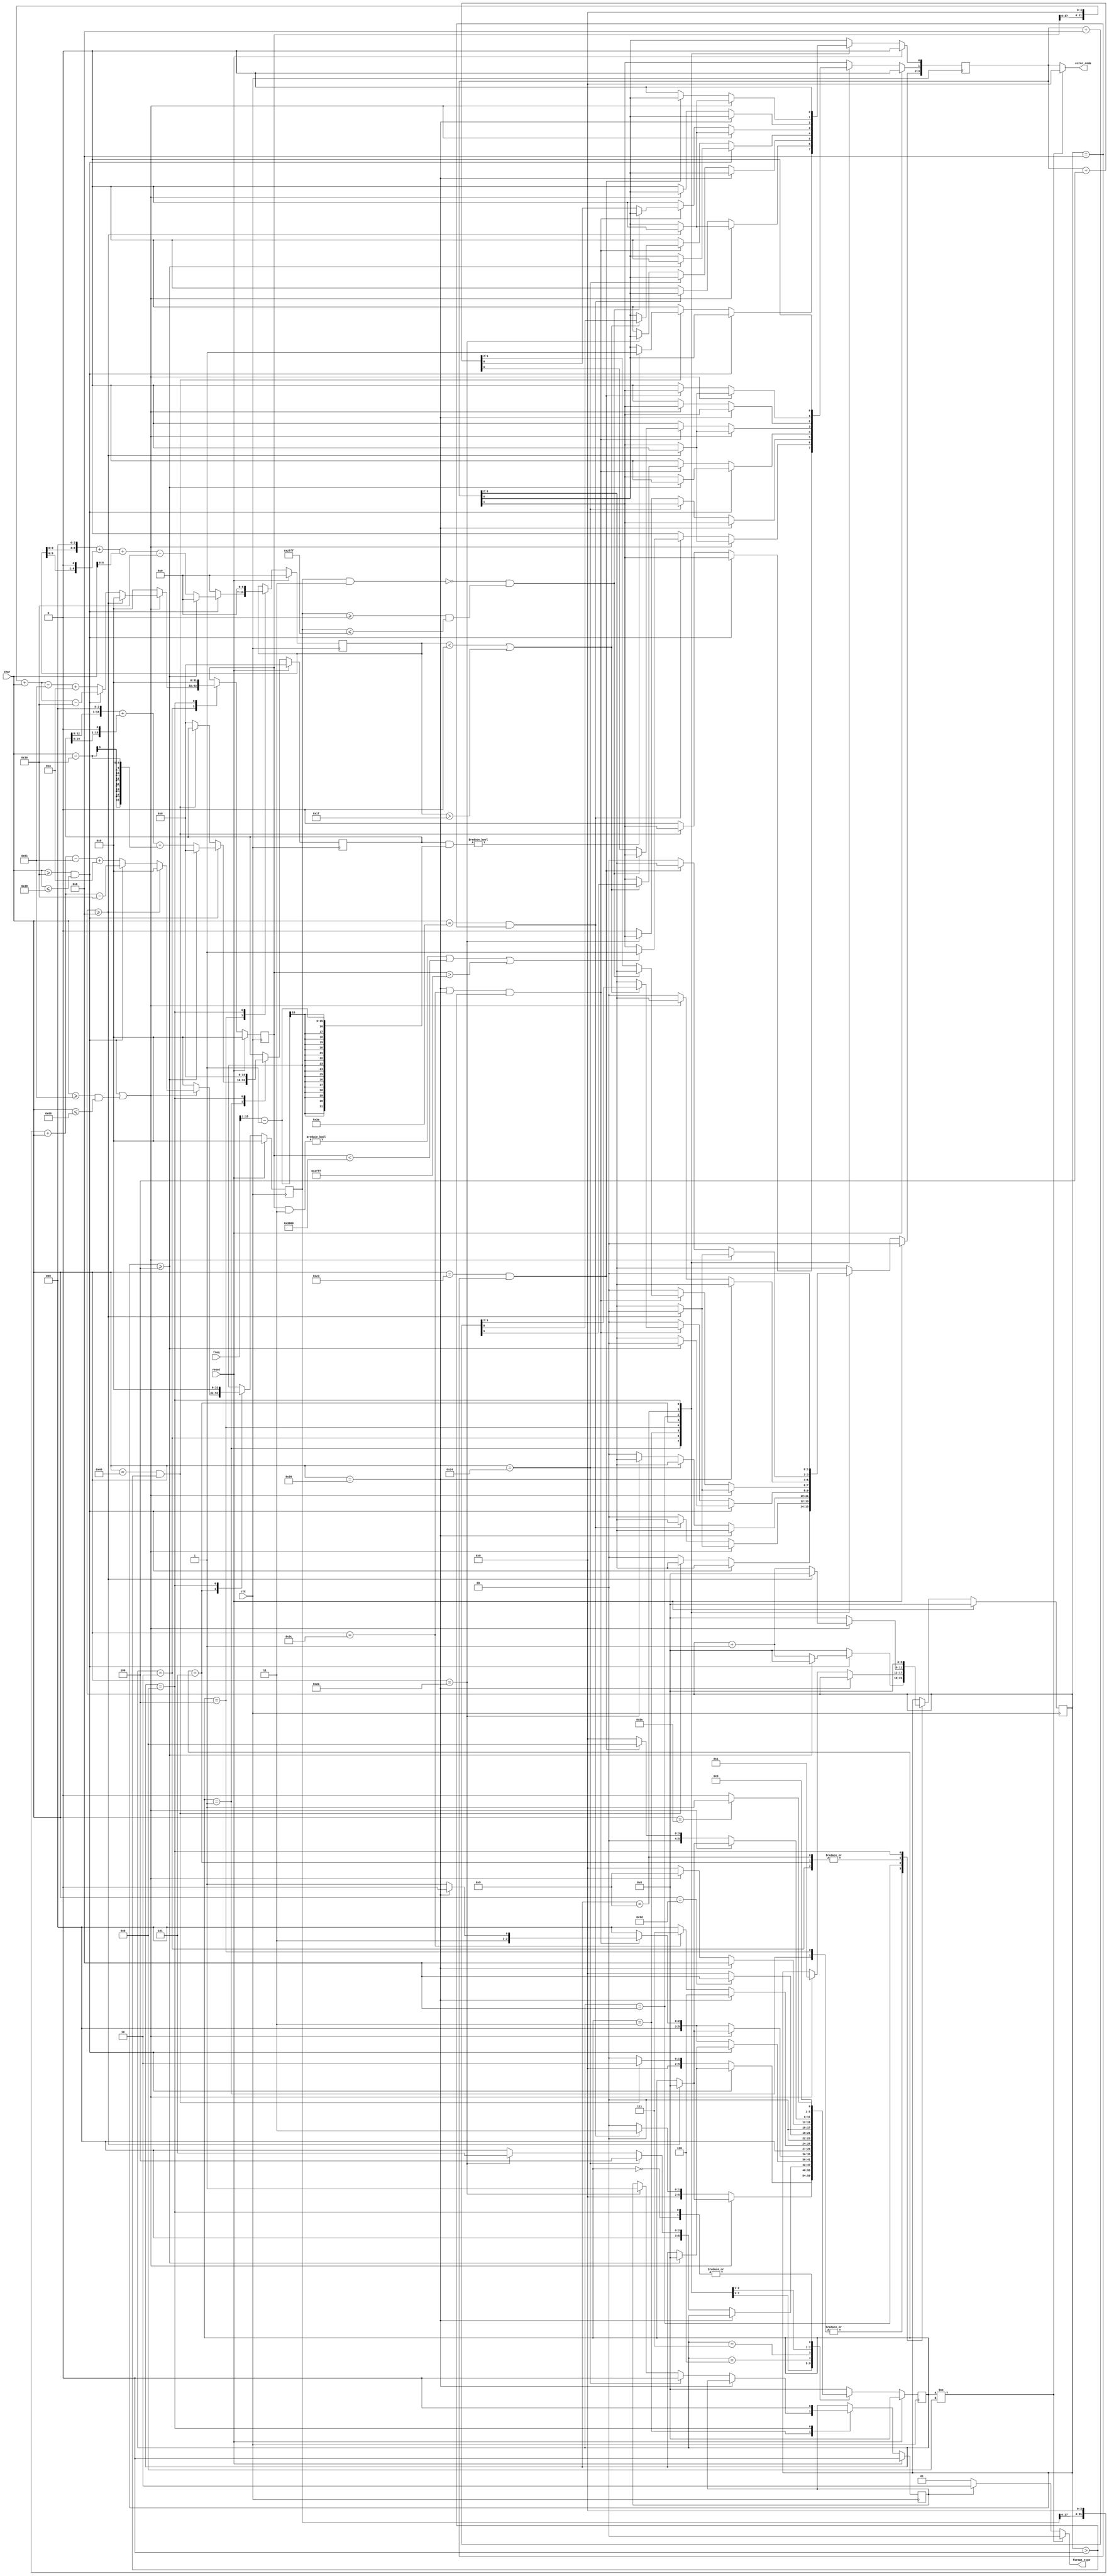
`timescale 1ns / 1ps
//////////////////////////////////////////////////////////////////////////////////
// Company: 
// Engineer: 
// 
// Design Name: 
// Module Name:    cpu_checker 
// Project Name: 
// Target Devices: 
// Tool versions: 
// Description: 
//
// Dependencies: 
//
// Revision: 
// Revision 0.01 - File Created
// Additional Comments: 
//
//////////////////////////////////////////////////////////////////////////////////
`define S0 		0
`define S_time	1		// collet char to create time
`define S_pc	2
`define S_type	3
`define S_grf	4
`define S_addr	5
`define S_sp	6		// space 			got " ", waiting for " < "
`define S_ab	7		// angle bracket, got "<", waiting for " = "
`define S_eq	8
`define S_data	9
`define S_hash	10
`define S_done	11

module cpu_checker(
    input clk,
    input reset,
    input [7:0] char,
    input [15:0] freq,
    output [1:0] format_type,
    output [3:0] error_code
    );

reg [5:0]	state;
reg [5:0]	cnt;			// how many digits??
reg [3:0] 	err;
reg [0:0]	type;		// grf or addr
reg [15:0]	t;			// time
reg [31:0]	pc;
reg [6:0]	grf;
reg [31:0]	addr;
reg [31:0]	data;
reg [15:0]	half;
initial begin
	state = 0;
	cnt = 0;
	err = 0;
	t = 0;
	type = 0;
	pc = 0;
	grf = 0;
	addr = 0;
	data = 0;
end


always @(posedge clk) begin
	if(reset == 1) begin
		state = 0;
		cnt = 0;
		err = 0;
		t = 0;
		type = 0;
		pc = 0;
		grf = 0;
		addr = 0;
		data = 0;
	end
	else begin
		case(state)
		`S0: begin
				if(char == "^")
					state <= `S_time;
				else
					state <= 0;
		end
		`S_time: begin
				if(char <= "9" && char >= "0") begin		// 
					cnt <= cnt +1;
					t <= (t << 3)+ (t << 1) + (char - "0");
					if(cnt >= 4) begin		// ""
						state <= 0;
						cnt <= 0;
						t <= 0;
					end
				end
				else if(char == "@" && cnt > 0) begin		// 
					state <= `S_pc;
					cnt <= 0;
					if((t & ((freq >> 1) - 1)) != 0)	// 
						err[0] <= 1; 
				end
				else begin		//  
					state <= 0;
					cnt <=0;
					err <= 0;
					t <= 0;
				end
		end
		`S_pc: begin
					if((char>="0" && char <="9") || (char >= "a" && char <= "f")) begin	// 16
						cnt <= cnt +1;
						if((char>="0") && (char <="9"))
							pc <= (pc<<4)+ char-"0";
						else
							pc <= (pc << 4) + char - "a" +10;
						if(cnt >= 8) begin
							state <= 0;
							cnt <= 0;
							pc <= 0;
							err <= 0;
						end
					end
					else if(char == ":" && cnt == 8) begin // 
						state <= `S_type;
						cnt <= 0;
						if(((pc & 3 )!= 0) || pc < 32'h00003000 || pc > 32'h00004fff)	//pc 
							err[1] <= 1;
						pc <= 0;
					end
					else begin	//0
						state <= 0;
						cnt <= 0;
						err <= 0;
						pc <= 0;
					end
		end
		`S_type: begin
						if(char == " ")//
							state <= state;
						else if(char == "$") begin	// grf "$"
							state <= `S_grf;
							type <=0;
						end
						else if(char == 8'd42) begin	// addr "star"
							state <= `S_addr;
							type <= 1;
						end
						else begin					// 
							state <= 0;
							err <=0;
						end
		end
		`S_grf: begin	//  $reg 14
						if(char >= "0" && char <="9") begin
							grf <= (grf << 3) + (grf << 1) + char - "0";
							cnt <= cnt +1;
							if(cnt >= 4) begin	// grf 
								state <= 0;
								grf <= 0;
								cnt <= 0;
								err <= 0;
							end
						end
						else if(((char == " ") || (char == "<")) && (cnt > 0)) begin	//
							if((grf < 0) || (grf > 31))	// grf 
								err <= err + 8;
							cnt <= 0;
							grf <= 0;
							if(char ==" ")
								state <= `S_sp;
							else
								state <= `S_ab;
						end
						else begin	// 
							state <= 0;
							cnt <= 0;
							grf <= 0;
							err <= 0;
						end
		end
		`S_addr: begin
						if((char>="0" && char <="9") || (char >= "a" && char <= "f")) begin	//
							cnt <= cnt + 1;
							if((char>="0") && (char <="9"))
								addr <= (addr << 4) + char - "0";
							else
								addr <= (addr << 4) + char - "a"+ 10;
							if(cnt >= 8) begin // addr
								cnt <= 0;
								state <= 0;
								err <= 0;
								addr <= 0;
							end
						end
						else if(((char == " ") || (char == "<")) && cnt >0) begin
							if(!(((addr & 3) == 0) && (addr >= 0 && addr<= 32'h00002fff)))
								err <=err + 4;  
							cnt <=0;
							addr <= 0;
							if(char == " ")
								state <= `S_sp;
							else
								state <= `S_ab;
						end
						else begin	// 
							state <= 0;
							cnt <= 0;
							addr <= 0;
							err <= 0;
						end
		end
		`S_sp: begin
					if(char == " ")
						state <= `S_sp;
					else if(char == "<")
						state <= `S_ab;
					else
						state <= 0;
		end
		`S_ab: begin
					if(char == "=")
						state <= `S_eq;
					else
						state <= 0;
		end
		`S_eq: begin	// got " <= ", waiting for a num to activate data
					if(char == " ")
						state <= `S_eq;
					else if((char >= "0" && char <= "9") || (char >= "a" && char <= "f")) begin	// 16
						cnt <= 1;
						state <= `S_data;
					end
					else begin// 
						state <= 0;
						err <= 0;
					end
		end
		`S_data : begin
						if(((char >= "0") && (char <= "9")) || ((char >= "a") && (char <= "f"))) begin	//16
							cnt <= cnt +1;
							if(cnt >= 8) begin	// data 
								state <= 0;
								data <= 0;
								cnt <= 0;
								err <= 0;
							end
						end
						else if(char == "#" && cnt == 8) begin	// #
							state <= `S_done;
							data <= 0;
							cnt <= 0;
						end
						else begin	//
							state <= 0;
							data <= 0;
							cnt <= 0;
							err <= 0;
						end
		end
		`S_done: begin
						if(char == "^") begin
							state <= `S_time;
							cnt <= 0;
							err <= 0;
							t <= 0;
							type <= 0;
							pc <= 0;
							grf <= 0;
							addr <= 0;
							data <= 0;
						end
						else begin
							state <= 0;
							cnt <= 0;
							err <= 0;
							t <= 0;
							type <= 0;
							pc <= 0;
							grf <= 0;
							addr <= 0;
							data <= 0;
						end
		end
		default:
			state <= 0;
		endcase
	end
end
assign format_type = 	(state != `S_done)? 		2'b00:
								(type == 0)?				2'b01:
								(type == 1)?				2'b10:
																2'b00;
assign error_code = (state != `S_done)?	0: err;
endmodule
// assign